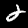
Label: 2